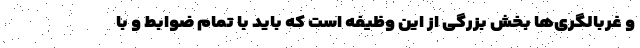
و غربالگری‌ها بخش بزرگی از این وظیفه است که باید با تمام ضوابط و با